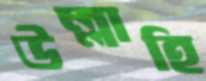
উল্লাহি